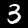
Label: 3